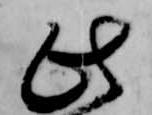
此